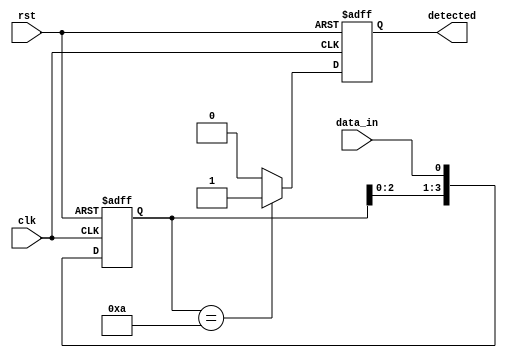
module pattern_detector (
    input wire clk,           // Clock signal
    input wire rst,           // Asynchronous reset
    input wire data_in,       // Input data stream
    output reg detected       // Output signal indicating pattern detection
);

    // Parameters
    parameter PATTERN_LENGTH = 4; // Length of the pattern to detect
    parameter PATTERN = 4'b1010;    // Pattern to be detected (example: 1010)

    // Flip-flops to store the state
    reg [PATTERN_LENGTH-1:0] state;

    // State transition and pattern matching
    always @(posedge clk or posedge rst) begin
        if (rst) begin
            // Initialize state to zero on reset
            state <= 0;
            detected <= 0;
        end else begin
            // Shift the state and insert new data
            state <= {state[PATTERN_LENGTH-2:0], data_in};

            // Check if the current state matches the pattern
            if (state == PATTERN) begin
                detected <= 1; // Pattern detected
            end else begin
                detected <= 0; // Pattern not detected
            end
        end
    end

endmodule